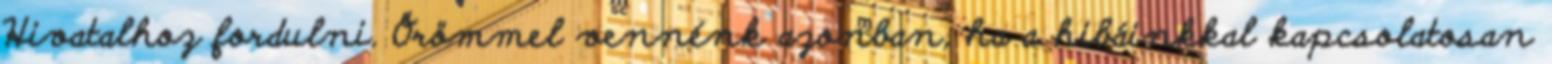
Hivatalhoz fordulni. Örömmel vennénk azonban, ha a hibáinkkal kapcsolatosan